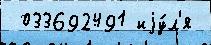
 033692491 иjу́л'я